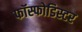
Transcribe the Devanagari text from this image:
फॉस्फोडिस्टर